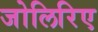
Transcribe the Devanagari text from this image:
जोलिरिए